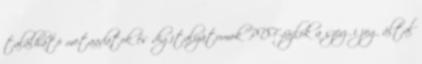
található metaadatok és digitalizátumok PDF-fájlok a szerzői jog által